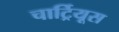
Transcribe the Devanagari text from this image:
चार्ट्रियूस